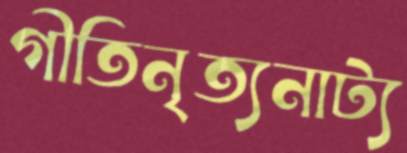
গীতিনৃত্যনাট্য